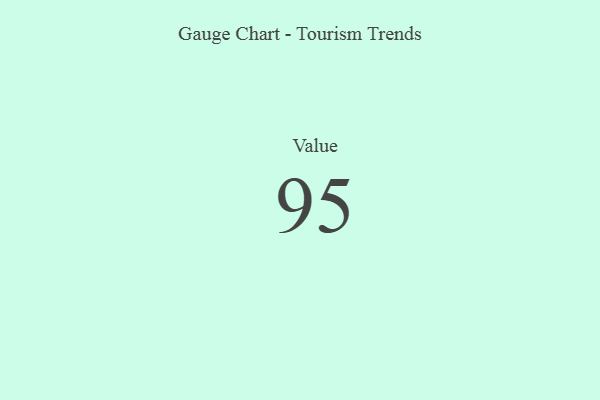
{"axis": {"x": "Metric", "y": "Value"}, "legend": [""], "data": [{"x": "Value", "y": 95, "type": ""}]}